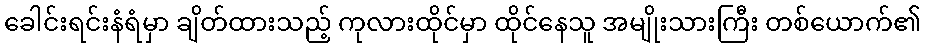
ခေါင်းရင်းနံရံမှာ ချိတ်ထားသည့် ကုလားထိုင်မှာ ထိုင်နေသူ အမျိုးသားကြီး တစ်ယောက်၏